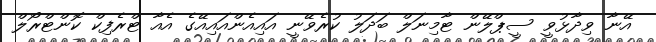
އޭނާ ވިދާޅުވީ ސީޕްލޭން ޓާމިނަލް ބަދަލު ކުރެވޭނީ އައިއެންއައިއޭގެ އެއާ ޓްރެފިކް ކޮންޓްރޯލް